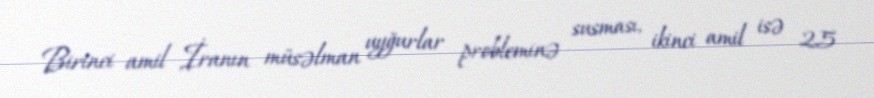
Birinci amil İranın müsəlman uyğurlar probleminə susması, ikinci amil isə 25